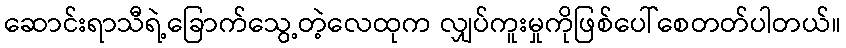
ဆောင်းရာသီရဲ့ခြောက်သွေ့တဲ့လေထုက လျှပ်ကူးမှုကိုဖြစ်ပေါ်စေတတ်ပါတယ်။